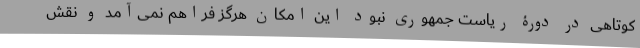
کوتاهی در دورۀ ریاست جمهوری نبود این امکان هرگز فراهم نمی‌آمد و نقش